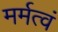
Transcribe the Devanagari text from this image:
मर्मत्वं